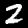
Label: 2